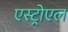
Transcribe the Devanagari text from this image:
एस्ट्रोएल